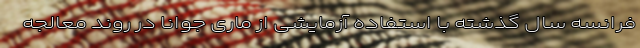
فرانسه سال گذشته با استفاده آزمایشی از ماری جوانا در روند معالجه